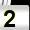
Digit: 2